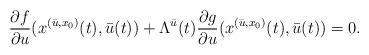
LaTeX: \begin{align*}\frac{\partial f}{\partial u}(x^{(\bar{u},x_0)}(t),\bar{u}(t)) + \Lambda^{\bar{u}}(t)\frac{\partial g}{\partial u}(x^{(\bar{u},x_0)}(t),\bar{u}(t)) = 0.\end{align*}